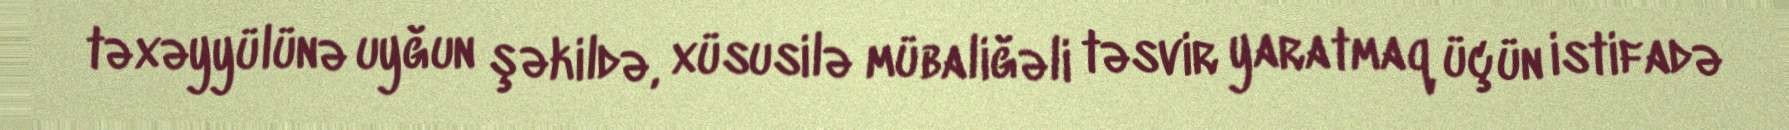
təxəyyülünə uyğun şəkildə, xüsusilə mübaliğəli təsvir yaratmaq üçün istifadə